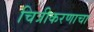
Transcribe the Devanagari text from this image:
चित्रीकरणाचा